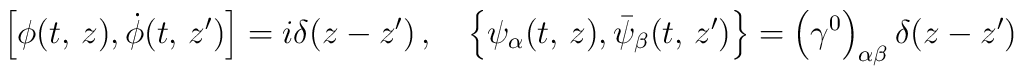
\left[ \phi (t,\, z), \dot \phi (t,\, z^\prime) \right]= i\delta(z-z^\prime)\,,\quad \left\{ \psi_\alpha (t,\, z),  \bar \psi_\beta(t,\,z^\prime)\right\}= \left(\gamma^0\right)_{\alpha \beta}\delta(z-z^\prime)